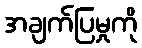
အချက်ပြမှုကို